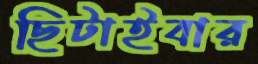
ছিটাইবার